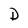
Character: D